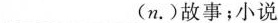
___(n.)故事；小说